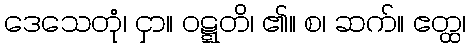
ဒေသေတုံ၊ ငှာ။ ဝဋ္ဋတိ၊ ၏။ စ၊ ဆက်။ ဧတ္ထ၊